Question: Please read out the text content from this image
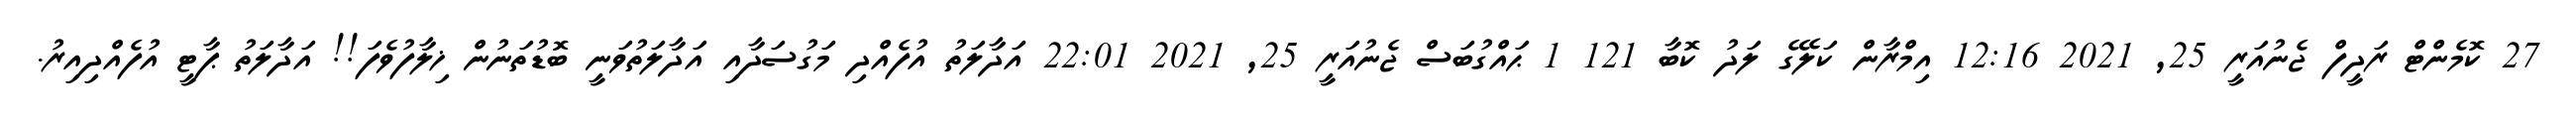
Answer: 27 ކޮމެންޓް ރަދީފް ޖެނުއަރީ 25, 2021 12:16 އިމްރާން ކަލޭގެ ލަދު ކޮބާ 121 1 ޙައްގުބަސް ޖެނުއަރީ 25, 2021 22:01 އަދާލަތު އުފެއްދި މަގުސަދާއި އަދާލަތުވަނީ ބޮޑުތަނުން ޚިލާފުވެފަ!! އަދާލަތު ޕާޓީ އުފެއްދިއިރު.